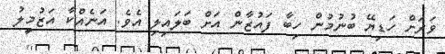
ވަރަށް ހަޑިޔޭ ބުނުމުން ހިބާ ފައުޒާން އަށް ބަލައިލި އެވެ. އަނެއްކާ އަޒުމީލު